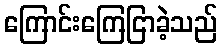
ကြောင်းကြေငြာခဲ့သည်